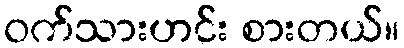
ဝက်သားဟင်း စားတယ်။